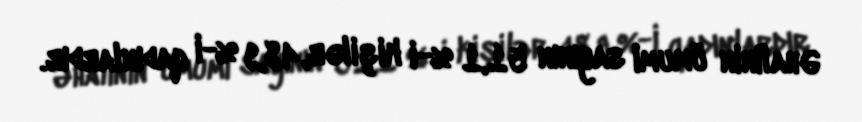
Əhalinin ümumi sayının 51,1 %-i kişilər, 48,9 %-i qadınlardır.